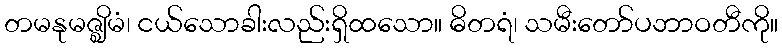
တမနုမဇ္ဈိမံ၊ ငယ်သောခါးလည်းရှိထသော။ ဓိတရံ၊ သမီးတော်ပဘာဝတီကို။